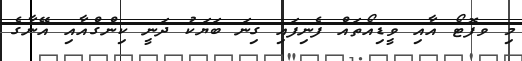
މި ވފޮޓޯ އާއި ވީޑިއޯތައް ފެނިފައި ގިނަ ބަޔަކު ދަނީ ކިންގްއާއި އޭނާގެ